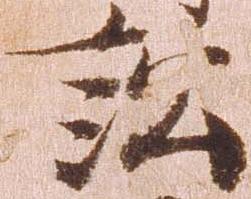
訟